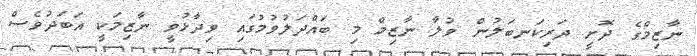
ނާޒިމްގެ ދޮށީ ދަރިކަނބަލުން ވުލާ ނާޒިމް މި ބައްދަލުވުމުގައި ވިދާޅުވީ ނާޒިމަކީ އަބަދުވެސް